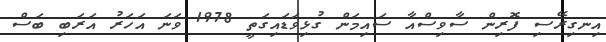
އިނގިރޭސި ފޮރިން ސާވިސްއާ ސައިމަން ގުޅިވަޑައިގަތީ 1978 ވަނަ އަހަރު އަރަބި ބަސް